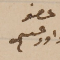
عضو داود عسى